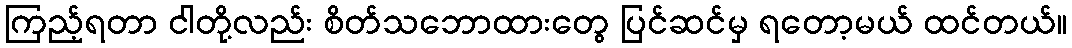
ကြည့်ရတာ ငါတို့လည်း စိတ်သဘောထားတွေ ပြင်ဆင်မှ ရတော့မယ် ထင်တယ်။